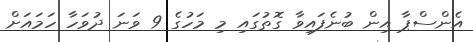
އެންސްޕާ އިން ބުނެފައިވާ ގޮތުގައި މި މަހުގެ 9 ވަނަ ދުވަހާ ހަމައަށް